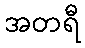
အတရီ